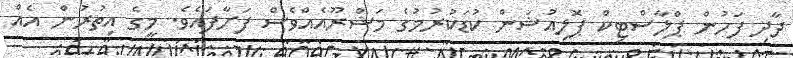
ދާދި ފަހުން ޕްލާސްޓިކް ޕޮލިއުޝަން ކުޑަކުރުމުގެ މަޝްރޫއެއްވެސް ފަށާފައެވެ. މީގެ އިތުރުން އެއް